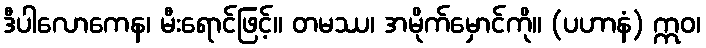
ဒီပါလောကေန၊ မီးရောင်ဖြင့်။ တမဿ၊ အမိုက်မှောင်ကို။ (ပဟာနံ) ဣဝ၊